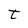
Character: T